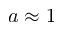
a \approx 1